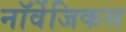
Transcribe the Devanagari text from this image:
नॉर्वेजिकस